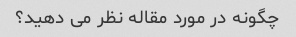
چگونه در مورد مقاله نظر می دهید؟